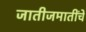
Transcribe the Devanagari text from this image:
जातीजमातींचे